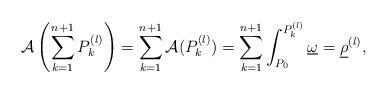
LaTeX: \begin{align*} \mathcal{A}\left(\sum_{k=1}^{n+1}P_{k}^{(l)}\right)=\sum_{k=1}^{n+1}\mathcal{A}(P_{k}^{(l)})=\sum_{k=1}^{n+1}\int_{P_{0}}^{P_{k}^{(l)}}\underline{\omega}=\underline{\rho}^{(l)},\end{align*}